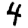
Digit: 4